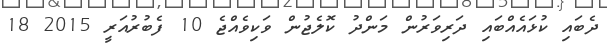
ދެބައި ކުޅައެއްބައި ދަރިވަރުން މަންދު ކޮލެޖުން ވަކިވެއްޖެ 10 ފެބުރުއަރީ 2015 18